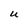
Character: U